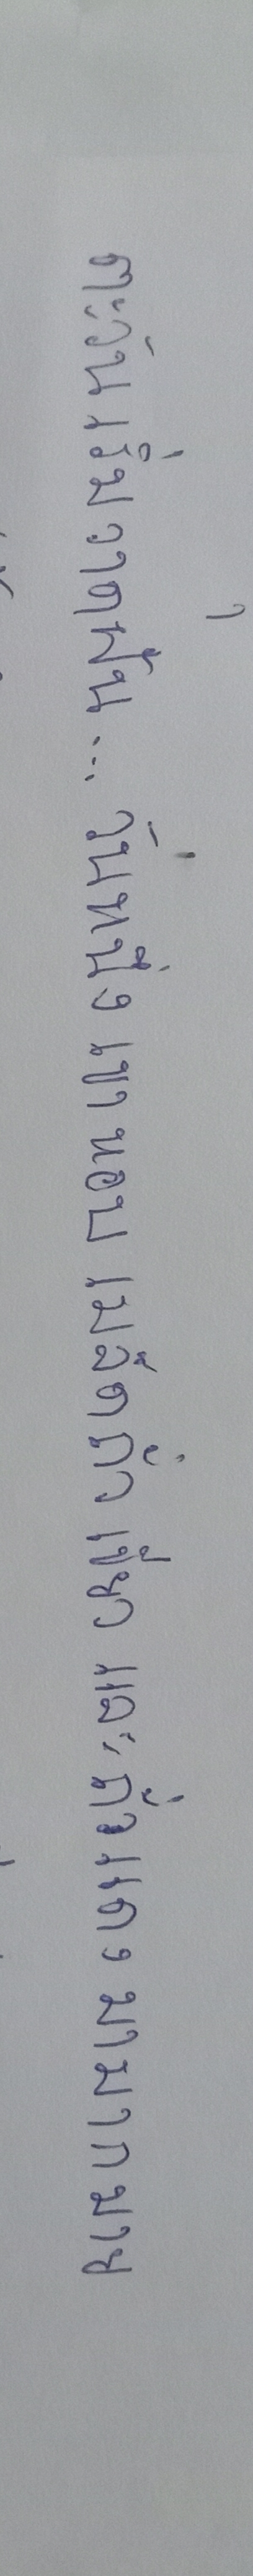
ตะวันเริ่มวาดฝัน...วันหนึ่งเขาหอบเมล็ดถั่วเขียวและถั่วแดงมามากมาย